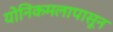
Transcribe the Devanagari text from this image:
योनिकमलापासून